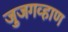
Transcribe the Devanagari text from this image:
जुजगव्हाण